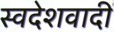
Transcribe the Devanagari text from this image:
स्वदेशवादी